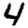
Digit: 4